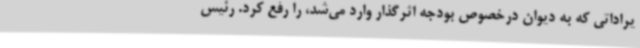
یراداتی که به دیوان درخصوص بودجه اثرگذار وارد می‌شد، را رفع کرد. رئیس